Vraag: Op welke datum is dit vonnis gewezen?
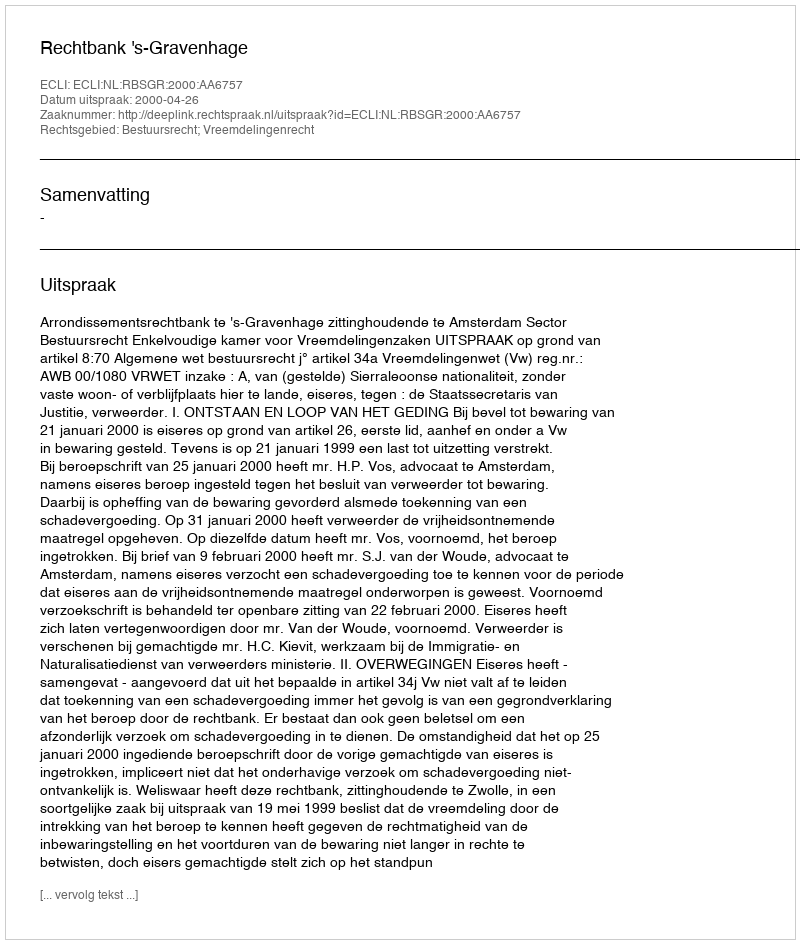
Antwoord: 2000-04-26